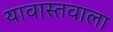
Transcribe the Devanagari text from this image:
यावास्तवाला